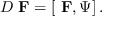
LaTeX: D \mathrm { { \bf ~ F } } = \left[ \mathrm { { \bf ~ F } } , \Psi \right] .